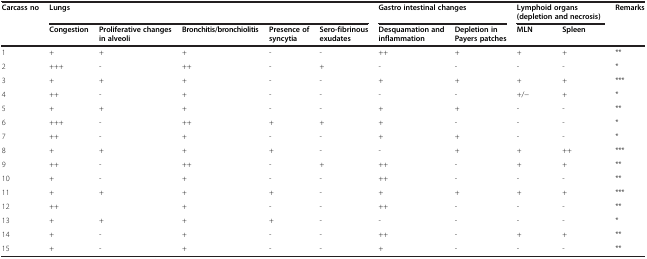
<table><thead><tr><td rowspan="2"><b>Carcass no</b></td><td colspan="5"><b>Lungs</b></td><td colspan="2"><b>Gastro intestinal changes</b></td><td colspan="2"><b>Lymphoid organs (depletion and necrosis)</b></td><td><b>Remarks</b></td></tr><tr><td><b>Congestion</b></td><td><b>Proliferative changes in alveoli</b></td><td><b>Bronchitis/bronchiolitis</b></td><td><b>Presence of syncytia</b></td><td><b>Sero-fibrinous exudates</b></td><td><b>Desquamation and inflammation</b></td><td><b>Depletion in Payers patches</b></td><td><b>MLN</b></td><td><b>Spleen</b></td><td></td></tr></thead><tbody><tr><td>1</td><td>+</td><td>+</td><td>+</td><td>-</td><td>-</td><td>++</td><td>+</td><td>+</td><td>+</td><td>**</td></tr><tr><td>2</td><td>+++</td><td>-</td><td>++</td><td>-</td><td>+</td><td>-</td><td>-</td><td>-</td><td>-</td><td>*</td></tr><tr><td>3</td><td>+</td><td>+</td><td>+</td><td>-</td><td>-</td><td>+</td><td>+</td><td>+</td><td>+</td><td>***</td></tr><tr><td>4</td><td>++</td><td>-</td><td>+</td><td>-</td><td>-</td><td>-</td><td>-</td><td>+/−</td><td>+</td><td>*</td></tr><tr><td>5</td><td>+</td><td>+</td><td>+</td><td>-</td><td>-</td><td>+</td><td>+</td><td>-</td><td>-</td><td>**</td></tr><tr><td>6</td><td>+++</td><td>-</td><td>++</td><td>+</td><td>+</td><td>+</td><td>-</td><td>-</td><td>-</td><td>*</td></tr><tr><td>7</td><td>++</td><td>-</td><td>+</td><td>-</td><td>-</td><td>+</td><td>+</td><td>-</td><td>-</td><td>*</td></tr><tr><td>8</td><td>+</td><td>+</td><td>+</td><td>+</td><td>-</td><td>-</td><td>+</td><td>+</td><td>++</td><td>***</td></tr><tr><td>9</td><td>++</td><td>-</td><td>++</td><td>-</td><td>+</td><td>++</td><td>-</td><td>+</td><td>+</td><td>**</td></tr><tr><td>10</td><td>+</td><td>-</td><td>+</td><td>-</td><td>-</td><td>++</td><td>-</td><td>-</td><td>-</td><td>**</td></tr><tr><td>11</td><td>+</td><td>+</td><td>+</td><td>+</td><td>-</td><td>+</td><td>+</td><td>+</td><td>+</td><td>***</td></tr><tr><td>12</td><td>++</td><td></td><td>+</td><td>-</td><td>-</td><td>++</td><td>-</td><td>-</td><td>-</td><td>**</td></tr><tr><td>13</td><td>+</td><td>+</td><td>+</td><td>+</td><td>-</td><td>-</td><td>-</td><td>-</td><td>-</td><td>*</td></tr><tr><td>14</td><td>+</td><td>-</td><td>+</td><td>-</td><td>-</td><td>++</td><td>-</td><td>+</td><td>+</td><td>**</td></tr><tr><td>15</td><td>+</td><td>-</td><td>+</td><td>-</td><td>-</td><td>+</td><td>-</td><td>-</td><td>-</td><td>**</td></tr></tbody></table>